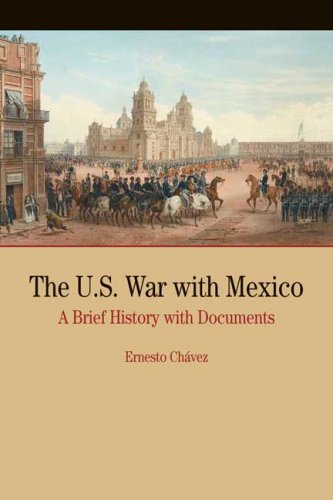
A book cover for The U.S. War with Mexico: A Brief History with Documents (Bedford Cultural Editions Series); Ernesto Chavez; History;